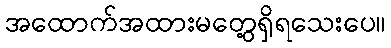
အထောက်အထားမတွေ့ရှိရသေးပေ။